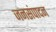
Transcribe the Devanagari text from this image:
जनसंपादन